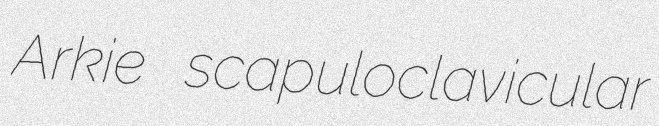
Arkie scapuloclavicular